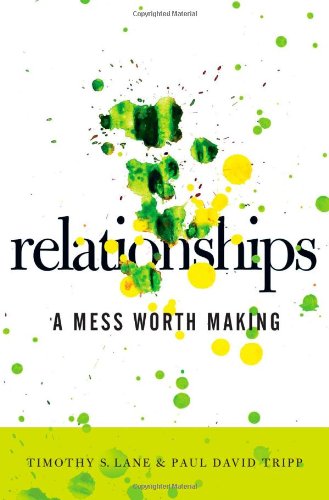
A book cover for Relationships-A Mess Worth Making; Timothy S. Lane; Christian Books & Bibles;